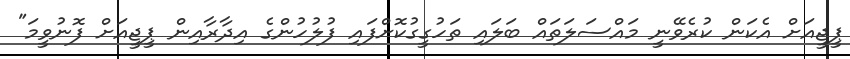
ޕީޖީއަށް އެކަން ކުރެވޭނީ މައްސަލަތައް ބަލައި ތަހުގީގުކޮށްފައި ފުލުހުންގެ އިދާރާއިން ޕީޖީއަށް ފޮނުވީމަ"